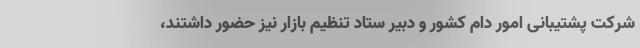
شرکت پشتیبانی امور دام کشور و دبیر ستاد تنظیم بازار نیز حضور داشتند،